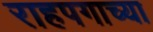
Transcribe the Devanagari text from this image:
राहपगाच्या